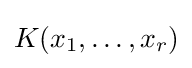
K(x_{1},\dots ,x_{r})